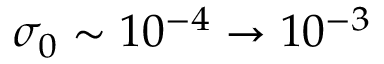
\sigma _ { 0 } \sim 1 0 ^ { - 4 } \rightarrow 1 0 ^ { - 3 }